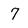
Character: 7